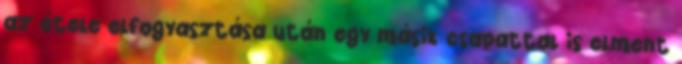
az étele elfogyasztása után egy másik csapattal is elment